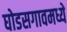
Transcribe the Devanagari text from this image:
घोडसगावमध्ये